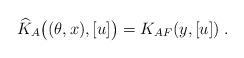
LaTeX: \begin{align*}\widehat{K}_A\big((\theta,x),[u]\big) &=K_{AF}(y,[u]) \;.\end{align*}